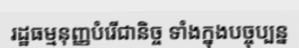
រដ្ឋធម្មនុញ្ញបំរើជានិច្ច ទាំងក្នុងបច្ចុប្បន្ន